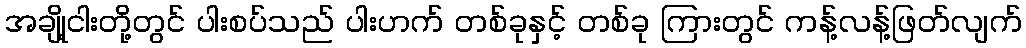
အချို့ငါးတို့တွင် ပါးစပ်သည် ပါးဟက် တစ်ခုနှင့် တစ်ခု ကြားတွင် ကန့်လန့်ဖြတ်လျက်